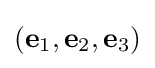
(\mathbf {e} _{1},\mathbf {e} _{2},\mathbf {e} _{3})